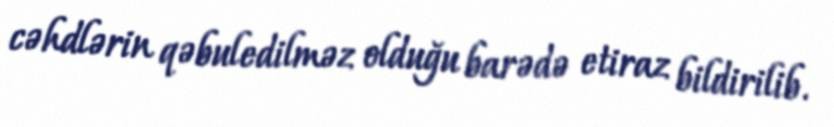
cəhdlərin qəbuledilməz olduğu barədə etiraz bildirilib.